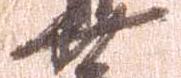
廿